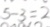
5 - 3 = 2